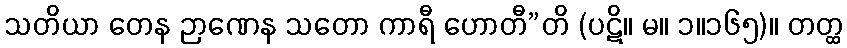
သတိယာ တေန ဉာဏေန သတော ကာရီ ဟောတီ”တိ (ပဋိ။ မ။ ၁။၁၆၅)။ တတ္ထ